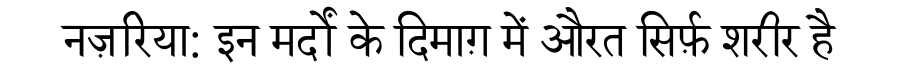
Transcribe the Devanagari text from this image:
नज़रिया: इन मर्दों के दिमाग़ में औरत सिर्फ़ शरीर है